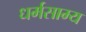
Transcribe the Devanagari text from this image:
धर्मसाम्य